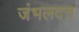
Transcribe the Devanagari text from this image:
जंभलदत्त